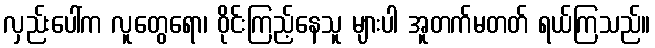
လှည်းပေါ်က လူတွေရော၊ ဝိုင်းကြည့်နေသူ များပါ အူတက်မတတ် ရယ်ကြသည်။